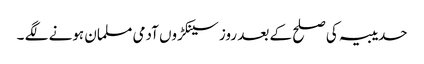
حدیبیہ کی صلح کے بعد روز سینکڑوں آدمی مسلمان ہونے لگے ۔